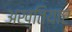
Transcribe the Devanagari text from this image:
अख़्तियार